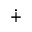
\dotplus